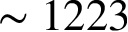
\sim 1 2 2 3